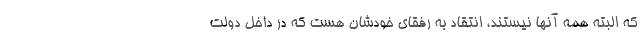
که البته همه آنها نیستند، انتقاد به رفقای خودشان هست که در داخل دولت